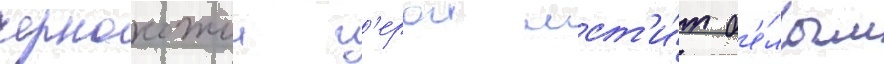
чернокожии г'ерои мст'и́т б'е́лым